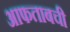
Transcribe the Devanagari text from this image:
आफताबची